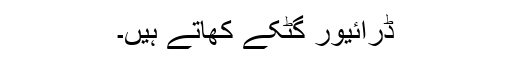
ڈرائیور گٹکے کھاتے ہیں۔